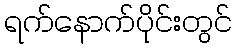
ရက်နောက်ပိုင်းတွင်